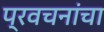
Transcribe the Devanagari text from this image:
प्रवचनांचा